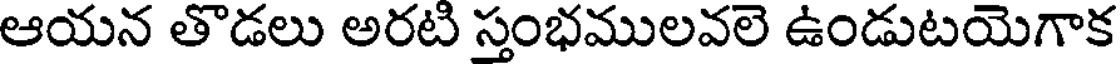
ఆయన తొడలు అరటి స్తంభములవలె ఉండుటయెగాక